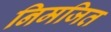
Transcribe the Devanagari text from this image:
निमजित